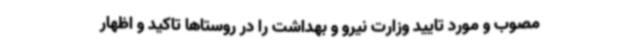
مصوب و مورد تایید وزارت نیرو و بهداشت را در روستاها تاکید و اظهار